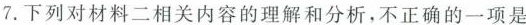
7.下列对材料二相关内容的理解和分析，不正确的一项是